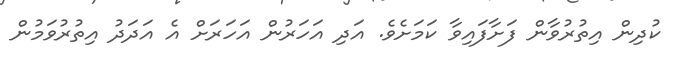
ކުދިން އިތުރުވާން ފަށާފައިވާ ކަމަށެވެ. އަދި އަހަރުން އަހަރަށް އެ އަދަދު އިތުރުވަމުން